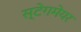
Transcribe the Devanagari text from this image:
स्टेगमेयर